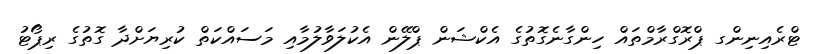
ޓްރެއިނިންގ ޕްރޮގްރާމްތައް ހިންގާނެގޮތުގެ އެކްޝަން ޕްލޭން އެކުލަވާލުމާއި މަސައްކަތް ކުރިޔަށްދާ ގޮތުގެ ރިޕޯޓު